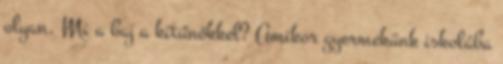
olyan. Mi a baj a kitűnőkkel? Amikor gyermekünk iskolába